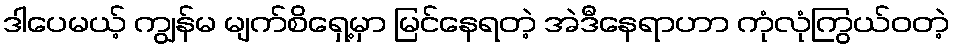
ဒါပေမယ့် ကျွန်မ မျက်စိရှေ့မှာ မြင်နေရတဲ့ အဲဒီနေရာဟာ ကုံလုံကြွယ်ဝတဲ့